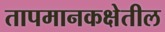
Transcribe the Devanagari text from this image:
तापमानकक्षेतील